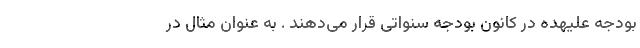
بودجه علیهده در کانون بودجه سنواتی قرار می‌دهند . به عنوان مثال در